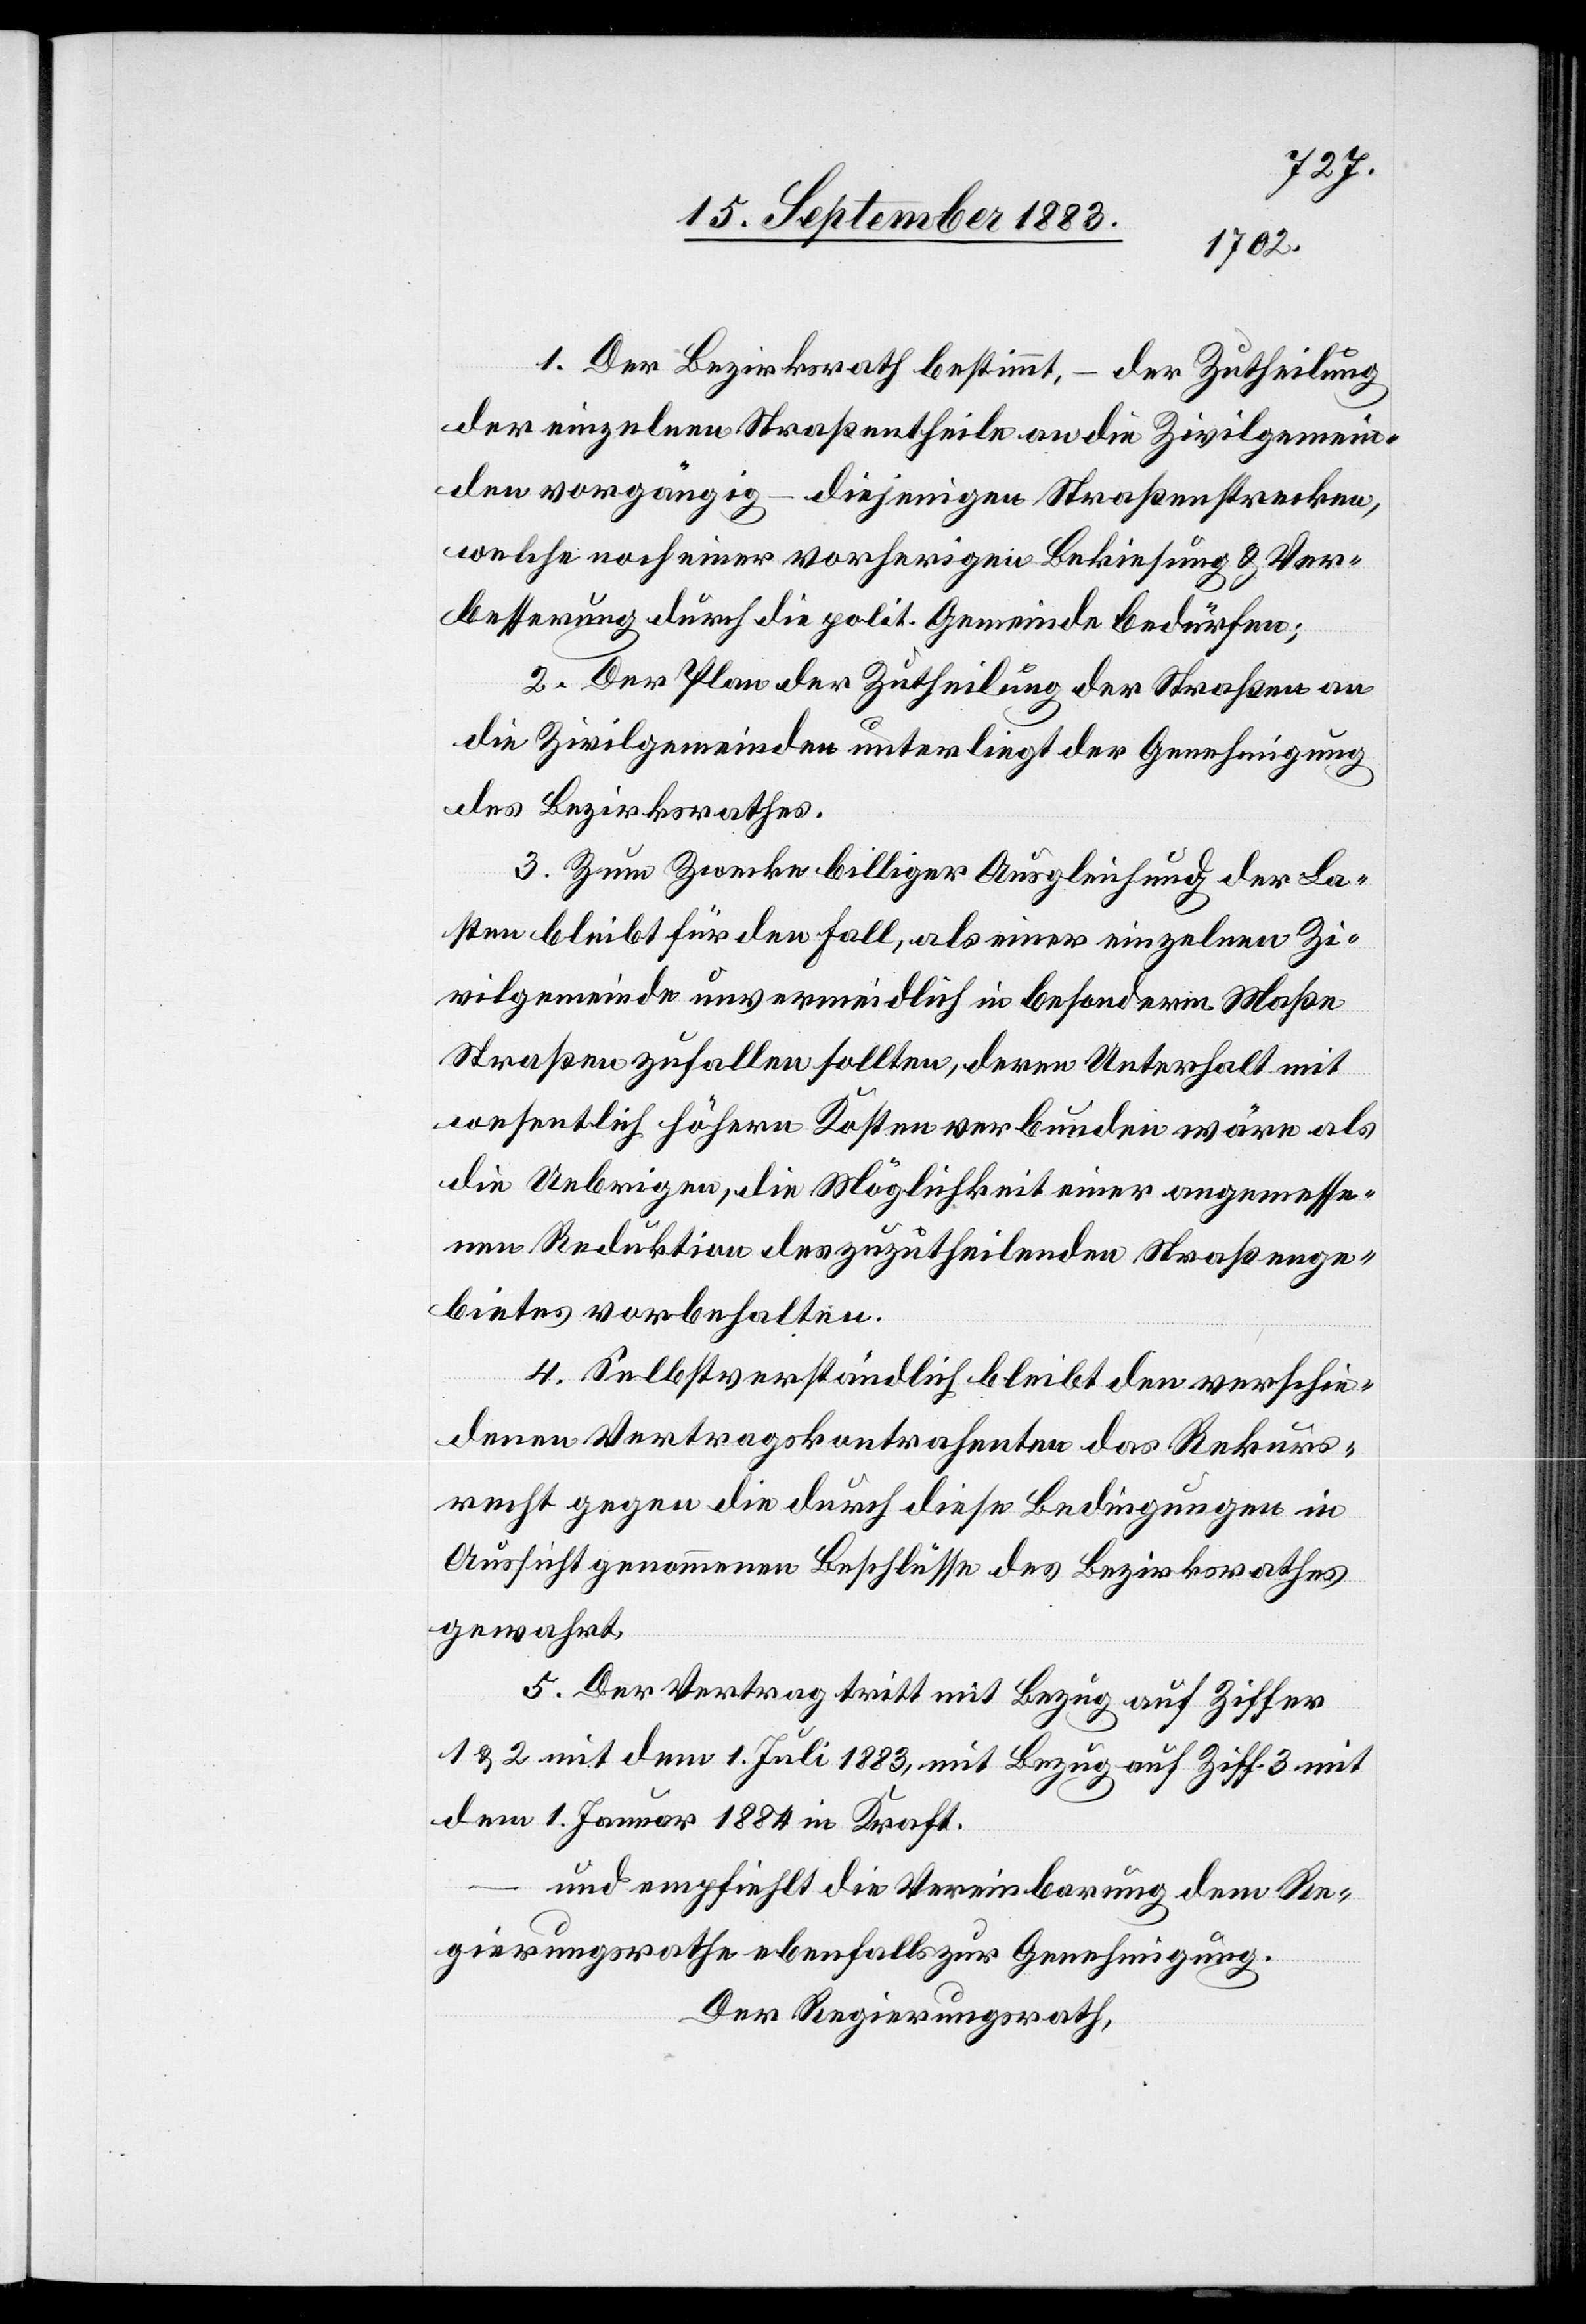
1. Der Bezirksrath bestimmt,
der Zutheilung
der einzelnen Straßentheile an die Zivilgemein¬
den vorgängig – diejenigen Straßenstrecken,
welche noch einer vorherigen Bekiesung & Ver¬
besserung durch die polit. Gemeinde bedürfen;
2. Der Plan der Zutheilung der Straßen an
die Zivilgemeinden unterliegt der Genehmigung
des Bezirksrathes.
3. Zum Zwecke billiger Ausgleichung der La¬
sten bleibt für den Fall, als einer einzelnen Zi¬
vilgemeinde unvermeidlich in besonderm Maße
Straßen zufallen sollten, deren Unterhalt mit
wesentlich höhern Kosten verbunden wäre als
die Uebrigen, die Möglichkeit einer angemesse¬
nen Reduktion des zuzutheilenden Straßenge¬
bietes vorbehalten.
4. Selbstverständlich bleibt den verschie¬
denen Vertragskontrahenten das Rekurs¬
recht gegen die durch diese Bedingungen in
Aussicht genommenen Beschlüsse des Bezirksrathes
gewahrt.
5. Der Vertrag tritt mit Bezug auf Ziffer
1 & 2 mit dem 1. Juli 1882, mit Bezug auf Ziff. 3 mit
1. Januar 1884 in Kraft.
und empfiehlt die Vereinbarung dem Re¬
gierungsrathe ebenfalls zu Genehmigung.
Der Regierungsrath,